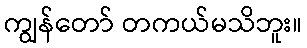
ကျွန်တော် တကယ်မသိဘူး။